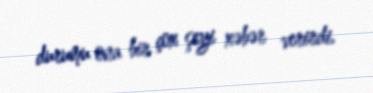
durumu ona bir çox şeyi xəbər verirdi.